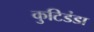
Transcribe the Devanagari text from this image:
कुटिडंडा